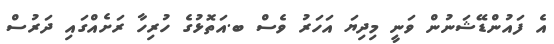
އެ ފައުންޑޭޝަނުން ވަނީ މިދިޔަ އަހަރު ވެސް ބ.އަތޮޅުގެ ހުރިހާ ރަށެއްގައި ދަރުސް